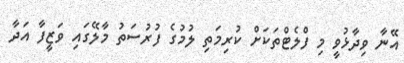
އޭނާ ވިދާޅުވީ މި ފްލެޓްތަކަށް ކުރިމަތި ލުމުގެ ފުރުސަތު މާލޭގައި ވަޒީފާ އަދާ